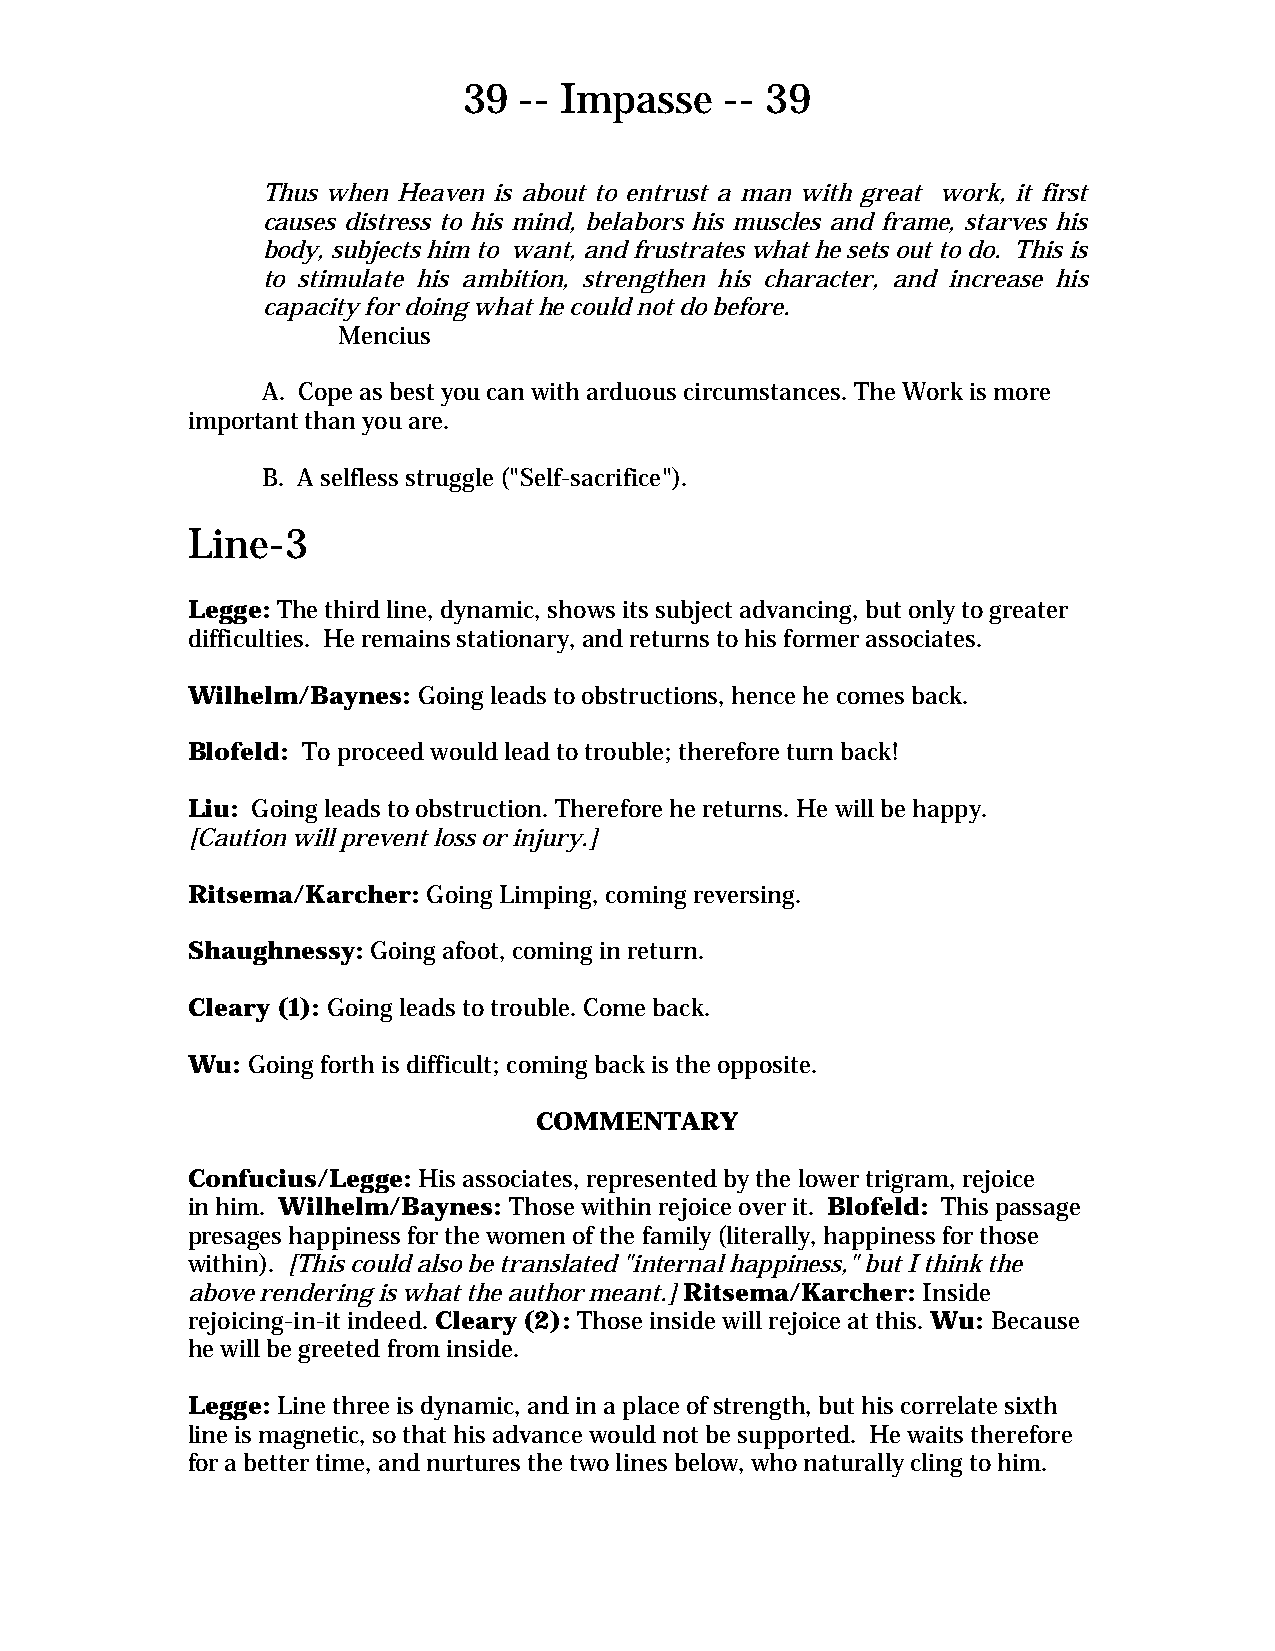
39 -- Impasse    -- 39
 Thus when Heaven is about to entrust a man with great work, it first
 causes distress to his mind, belabors his muscles and frame, starves his
 body, subjects him to want, and frustrates what he sets out to do. This is
 to stimulate his ambition, strengthen his character, and increase his
 capacity for doing what he could not do before.
 Mencius
 A. Cope as best you can with arduous circumstances. The Work is more
 important than you are.
 B. A selfless struggle ("Self-sacrifice").
 Line-3
 Legge: The third line, dynamic, shows its subject advancing, but only to greater
 difficulties. He remains stationary, and returns to his former associates.
 Wilhelm/Baynes: Going leads to obstructions, hence he comes back.
 Blofeld: To proceed would lead to trouble; therefore turn back!
 Liu: Going leads to obstruction. Therefore he returns. He will be happy.
 [Caution will prevent loss or injury.]
 Ritsema/Karcher: Going Limping, coming reversing.
 Shaughnessy: Going afoot, coming in return.
 Cleary (1): Going leads to trouble. Come back.
 Wu: Going forth is difficult; coming back is the opposite.
 COMMENTARY
 Confucius/Legge: His associates, represented by the lower trigram, rejoice
 in him. Wilhelm/Baynes: Those within rejoice over it. Blofeld: This passage
 presages happiness for the women of the family (literally, happiness for those
 within). [This could also be translated "internal happiness," but I think the
 above rendering is what the author meant.] Ritsema/Karcher: Inside
 rejoicing-in-it indeed. Cleary (2): Those inside will rejoice at this. Wu: Because
 he will be greeted from inside.
 Legge: Line three is dynamic, and in a place of strength, but his correlate sixth
 line is magnetic, so that his advance would not be supported. He waits therefore
 for a better time, and nurtures the two lines below, who naturally cling to him.